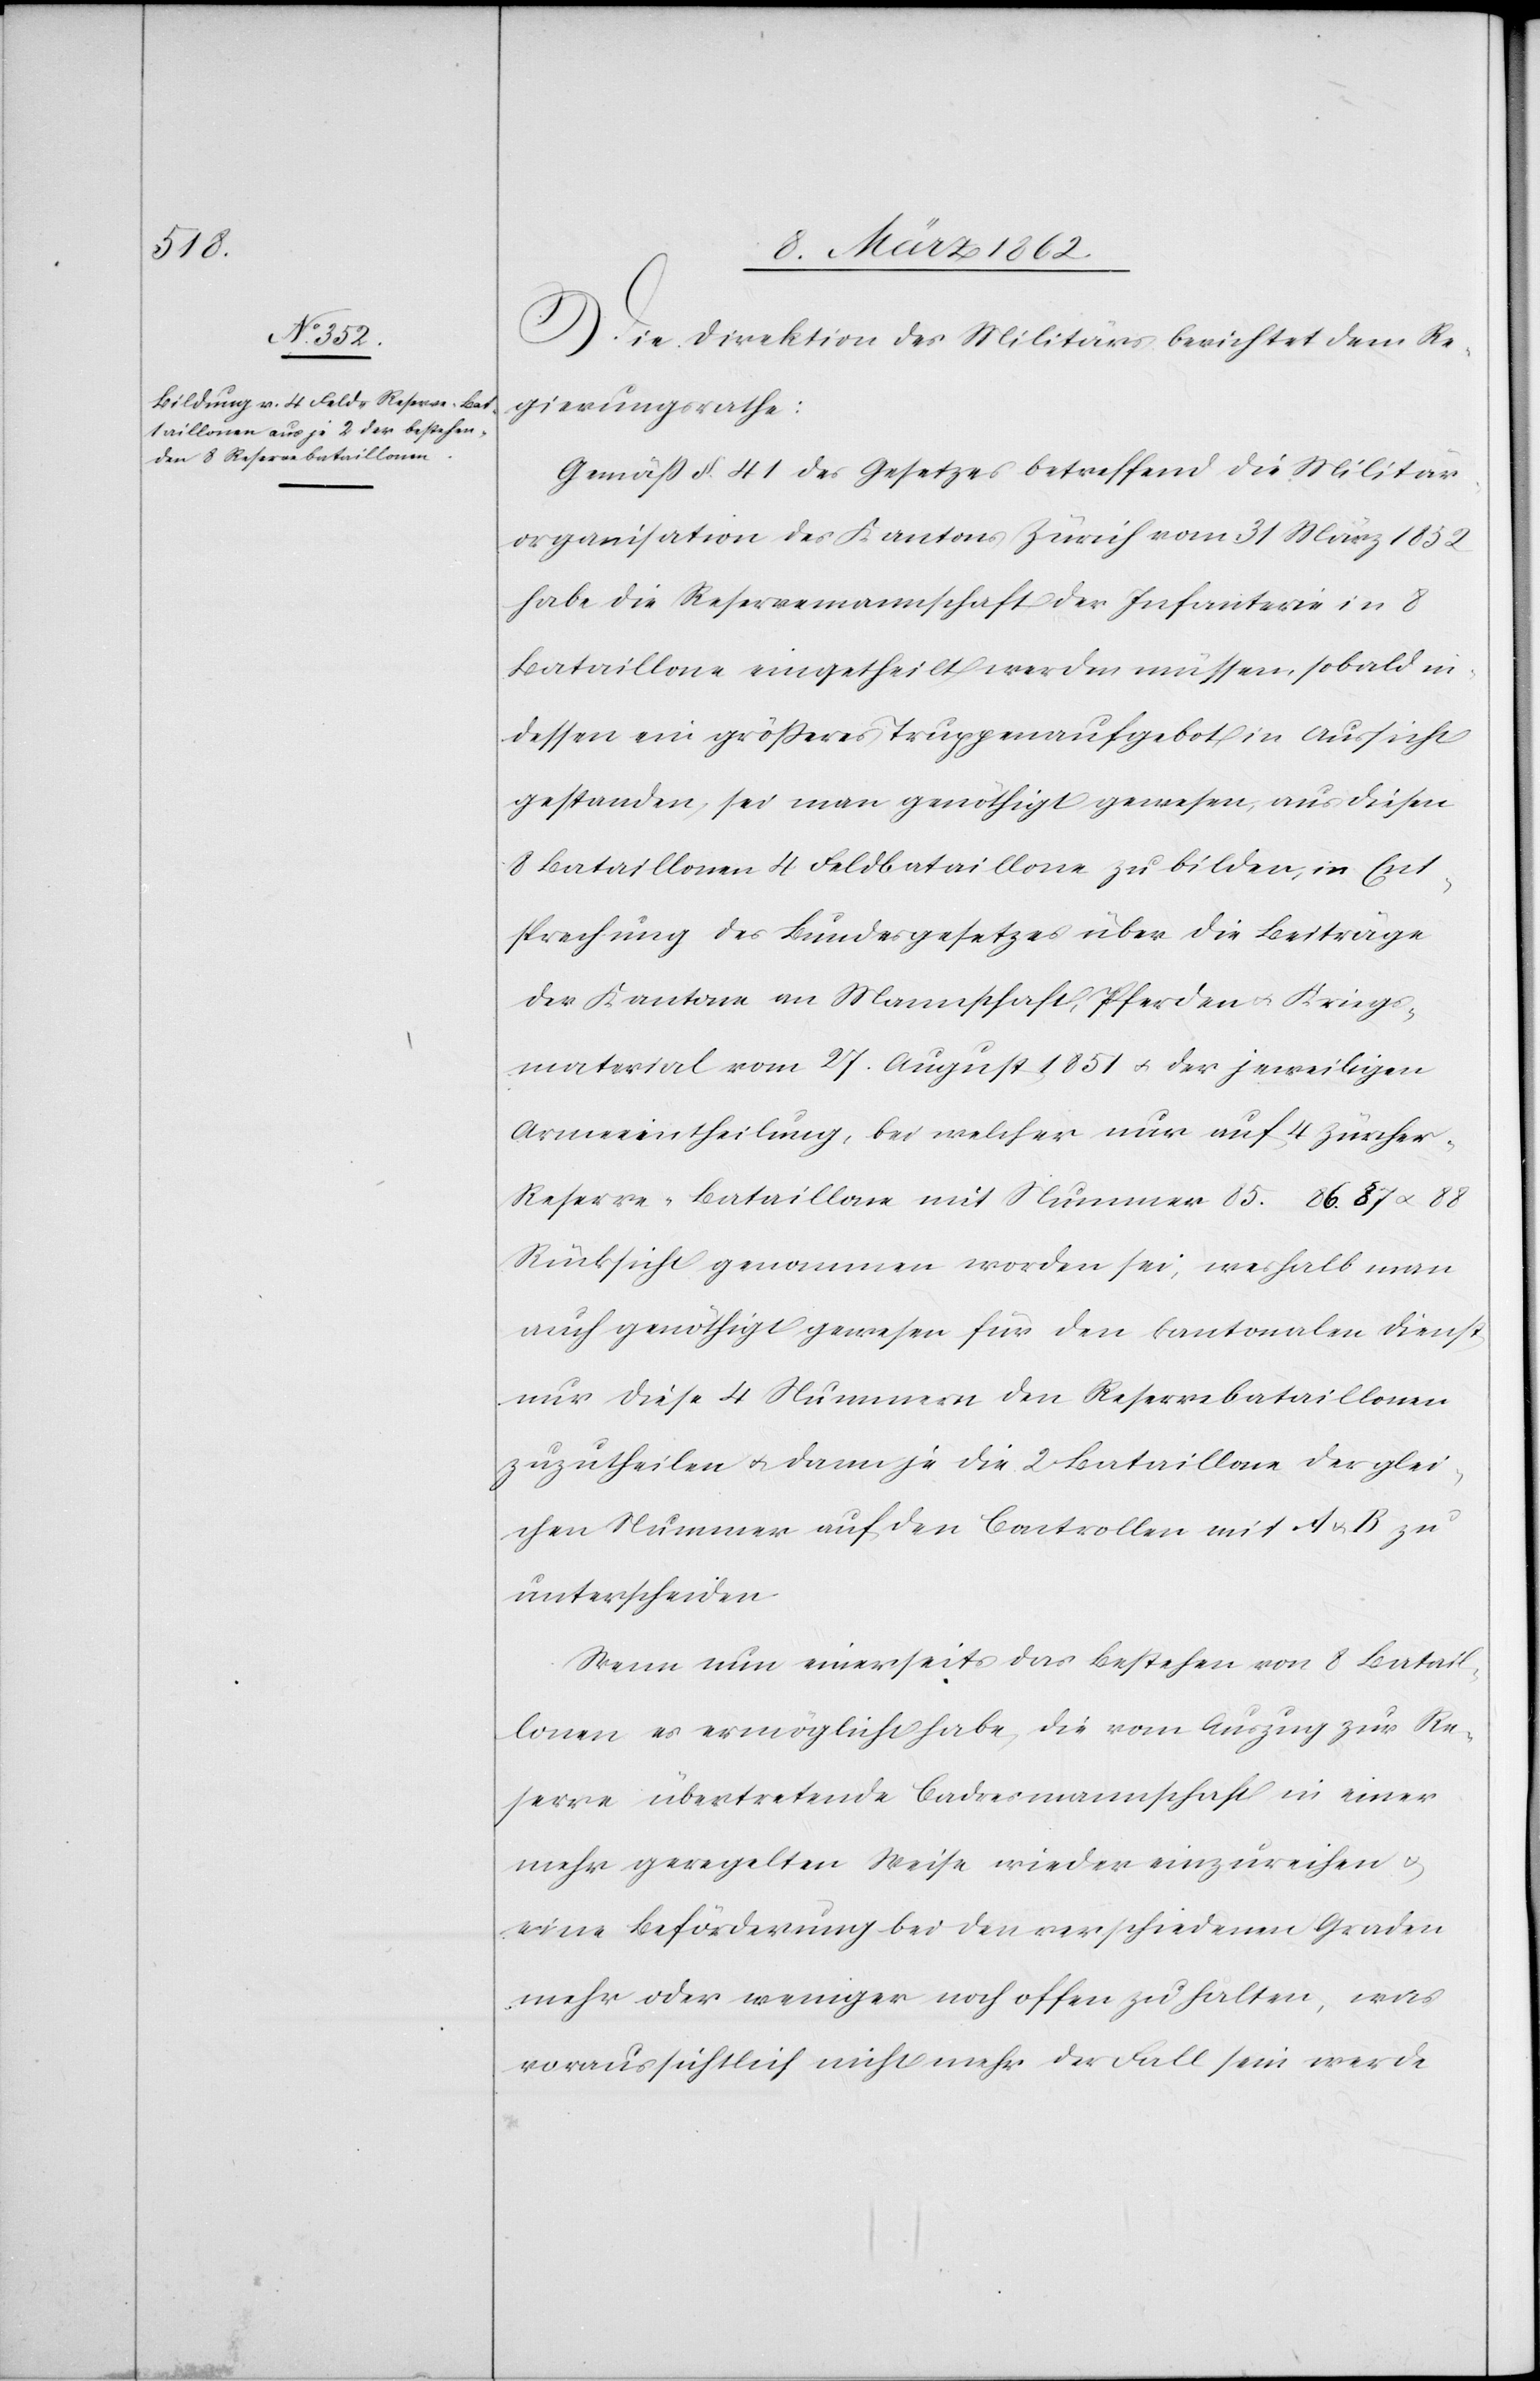
Die Direktion des Militärs berichtet dem Re¬
gierungsrathe:
Gemäß §. 41 des Gesetzes betreffend die Militär¬
organisation des Kantons Zürich vom 31 März 1852
habe die Reservemannschaft der Infanterie in 8
Bataillone eingetheilt werden müssen, sobald in¬
dessen ein größeres Truppenaufgebort in Aussicht
gestanden, sei man genöthigt gewesen, aus diesen
8 Bataillonen 4 Feldbataillone zu bilden, in Ent¬
sprechung des Bundesgesetzes über die Beiträge
der Kantone an Mannschaft, Pferden u. Kriegs¬
material vom 27. August 1851 u. der jeweiligen
Armeeintheilung, bei welcher nur auf 4 Zürcher-R¬
eserve-Bataillone mit Nummer 85. 86. 87 & 88
Rücksicht genommen worden sei, weshalb man
auch genöthigt gewesen für den kantonalen Dienst
nur diese 4 Nummern den Reservebataillonen
zuzutheilen u. dann je die 2 Bataillone der glei¬
chen Nummern auf den Controllen mit A u. B zu
unterscheiden.
Wenn nun einerseits das Bestehen von 8 Batail¬
lonen es ermöglicht habe, die vom Auszug zur Re¬
serve übertretende Cadresmannschaft in einer
mehr geregelten Weise wieder einzureihen u.
eine Beförderung bei den verschiedenen Graden
mehr oder weniger noch offen zu halten, was
voraussichtlich nicht mehr der Fall sein werde